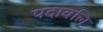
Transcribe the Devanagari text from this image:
पदावलि